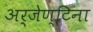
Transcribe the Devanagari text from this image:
अर्जेण्टिना